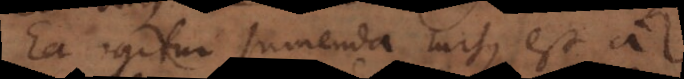
Ea igitur sumenda rursus est a